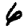
Digit: 6